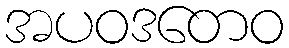
အပဝဒတေဝ